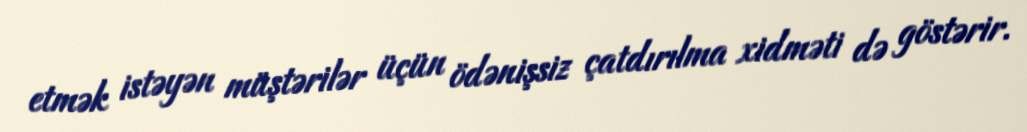
etmək istəyən müştərilər üçün ödənişsiz çatdırılma xidməti də göstərir.